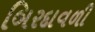
બિરદાવળી